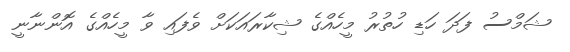
ޝަމްސު ފަދަ ހަޑި ހުތުރު މީހެއްގެ ޝިކާރައަކަށް ވެފައި ވާ މީހެއްގެ އޮންނާނީ